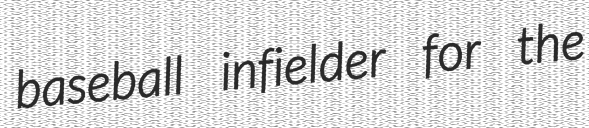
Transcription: baseball infielder for the